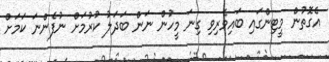
އެގޮތުން މީޓިންގައި ބައިވެރިވި ގިނަ މީހުން ނަން ބަދަލު ކުރުމަށް ނުފެންނަ ކަމަށް